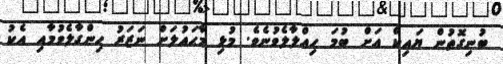
ބުނިގޮތުން ޔައިކް އަށް ބުމަ ހިއްލާލެވުނެވެ. މުޅި މާޙައުލަށް ނަޒަރު ހިންގާލެވުމާއި އެކު